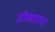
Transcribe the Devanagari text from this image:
जोखडाला